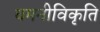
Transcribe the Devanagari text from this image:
धमनीविकृति